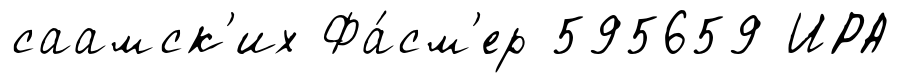
саамск'их Фа́см'ер 595659 ИРА